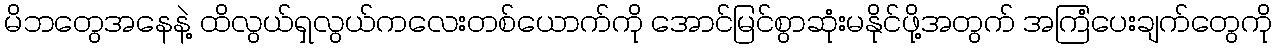
မိဘတွေအနေနဲ့ ထိလွယ်ရှလွယ်ကလေးတစ်ယောက်ကို အောင်မြင်စွာဆုံးမနိုင်ဖို့အတွက် အကြံပေးချက်တွေကို